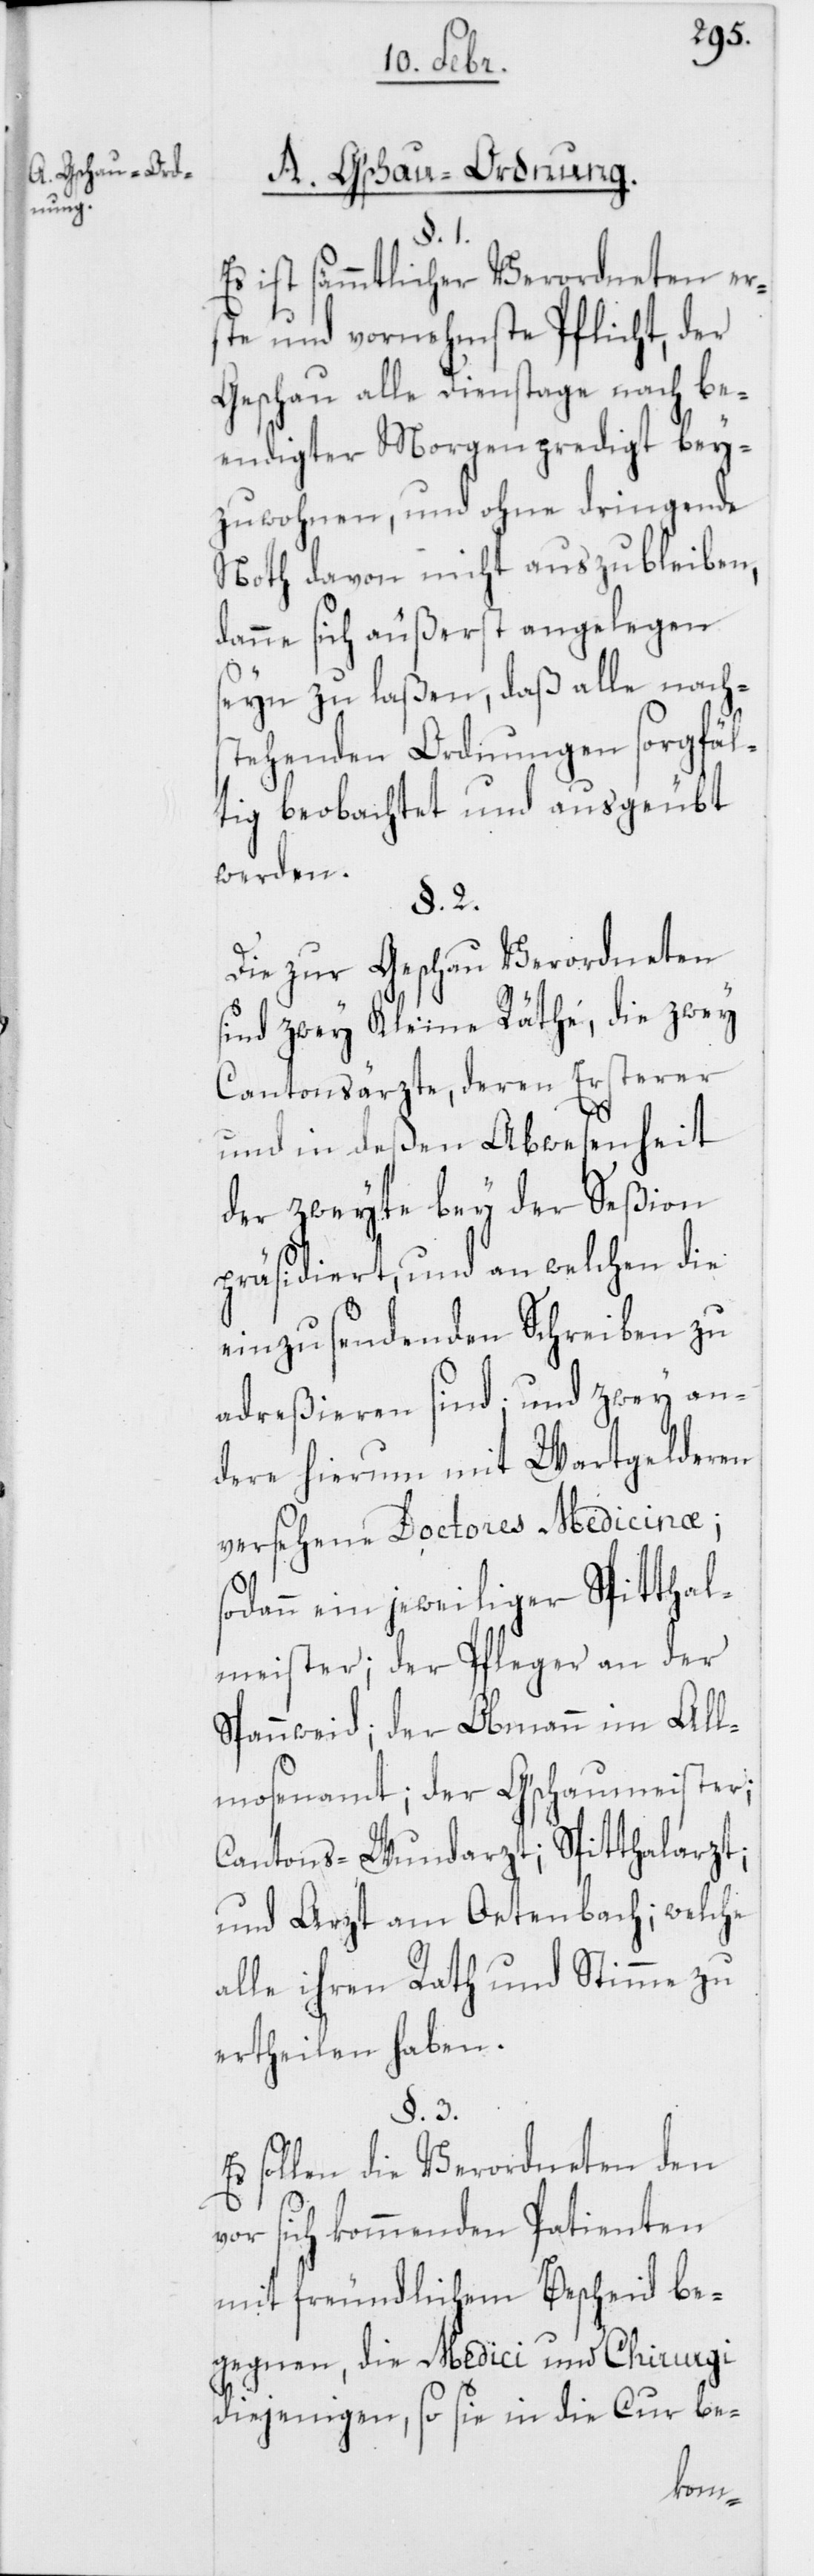
A. Gschau-Ordnung.
3.
Es ist sämmtlicher Verordneter er¬
ste und vornehmste Pflicht, der
Geschau alle Dienstage nach be¬
endigter Morgenpredigt bey¬
zuwohnen, und ohne dringende
Noth davon nicht auszubleiben,
danne sich äußerst angelegen
seyn zu laßen, daß alle nach¬
stehenden Ordnungen sorgfäl¬
tig beobachtet und ausgeübt
werden.
§. 2.
Die zur Geschau Verordneten
sind zwey Kleine Räthe, die zwey
Cantonsärzte, deren Ersterer
und in deßen Abwesenheit
der zweyte bey der Seßion
präsidiert, und an welchen die
einzusendenden Schreiben zu
adreßieren sind; und zwey an¬
dere hierum mit Wartgelderen
versehene Doctores Medicinae;
sodann ein jeweiliger Spitthal¬
meister; der Pfleger an der
Spannweid; der Obmann im All¬
mosenamt; der G’schaumeister;
Cantons-Wundarzt; Spitthalarzt;
und Arzt am Oetenbach; welche
alle ihren Rath und Stimme zu
ertheilen haben.
sollen die Verordneten den
sich kommenden Patienten
mit freundlichem Bescheid be¬
gegnen, die Medici und Chirurgi
diejenigen, so sie in die Cur be-